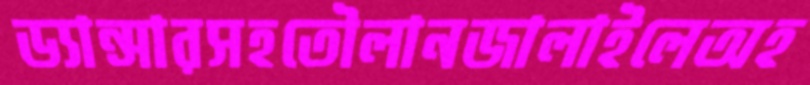
ড্যান্সারসহতৌলানজালাইলেঅহ